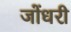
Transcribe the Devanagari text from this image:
जोंधरी